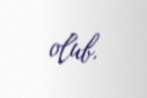
olub.